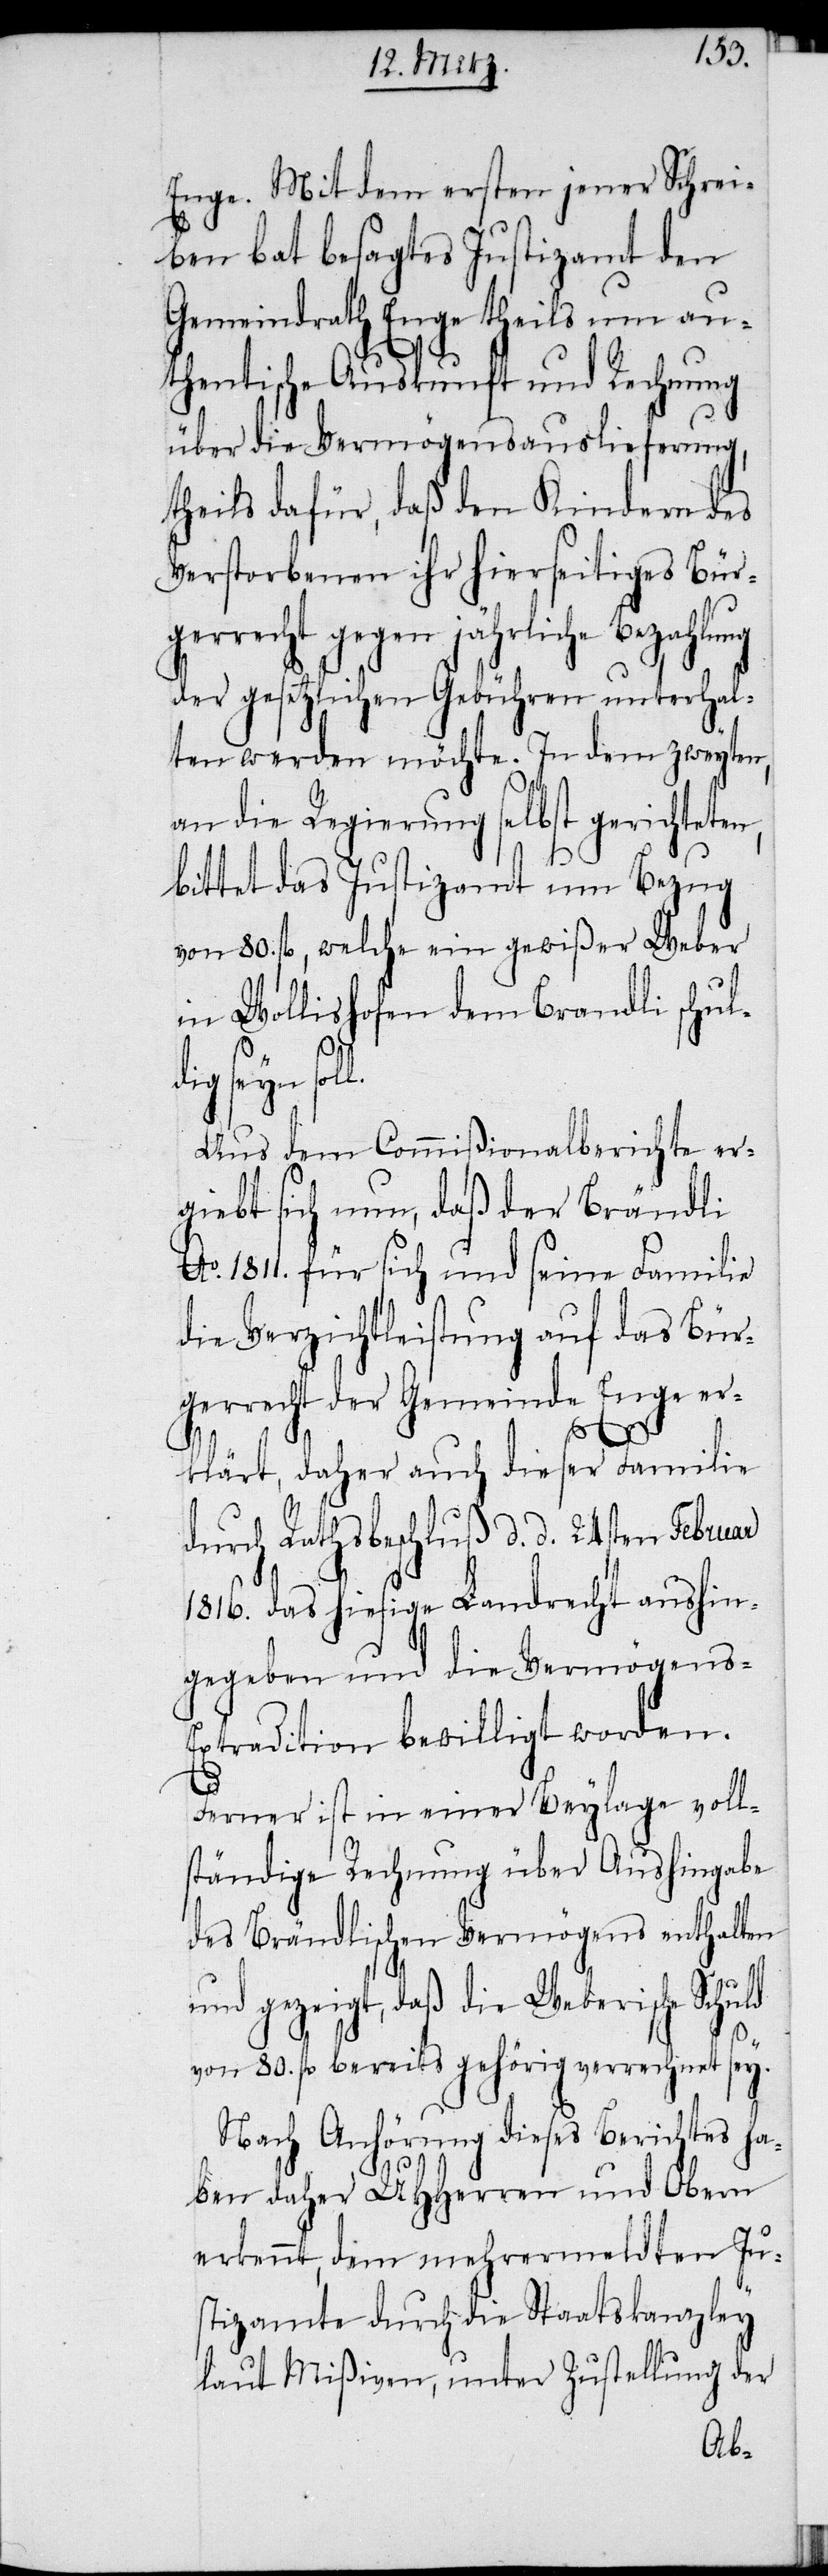
Enge. Mit dem ersten jener Schrei¬
ben bat besagtes Justizamt den
Gemeindrath Enge theils um au¬
thentische Auskunft und Rechnung
über die Vermögensauslieferung,
theils dafür, daß den Kindern des
Verstorbenen ihr hierseitiges Bür¬
gerrecht gegen jährliche Bezahlung
der gesetzlichen Gebühren unterhal¬
ten werden möchte. In dem zweyten,
an die Regierung selbst gerichteten,
bittet das Justizamt um Bezug
von 80. fl, welche ein gewißer Weber
in Wollishofen dem Brandli [si¬
der L.
Aus dem Commißionalberichte er¬
giebt sich nun, daß der Brändli
1811. für sich und seine Familie
die Verzichtleistung auf das Bür¬
gerrecht der Gemeinde Enge er¬
hi¬
klärt, daher auch dieser Familie
durch Rathsbeschluß d. d. 24sten Februar
1816. das hiesige Landrecht aushin¬
gegeben und die Vermögens-E¬
xtradition bewilligt worden.
Ferner ist in einer Beylage voll¬
ständige Rechnung über Aushingabe
des Brändlischen Vermögens enthalten
und gezeigt, daß die Weberische Schuld
von 80. fl bereits gehörig verrechnet sey.
Nach Anhörung dieses Berichtes ha¬
Es haben UHHerren und Obern,
erkennt, dem mehrermeldten Ju¬
stizamte durch die Staatskanzley
laut Mißiven, unter Zustellung der